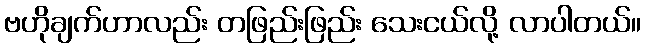
ဗဟိုချက်ဟာလည်း တဖြည်းဖြည်း သေးငယ်လို့ လာပါတယ်။